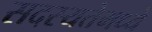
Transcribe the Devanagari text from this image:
सदस्यतेमध्ये